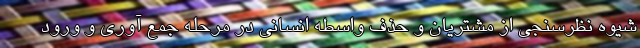
شیوه نظرسنجی از مشتریان و حذف واسطه انسانی در مرحله جمع آوری و ورود